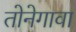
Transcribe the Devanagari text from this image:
तोनेगावा